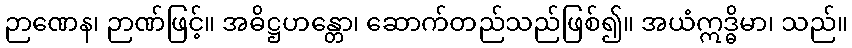
ဉာဏေန၊ ဉာဏ်ဖြင့်။ အဓိဋ္ဌဟန္တော၊ ဆောက်တည်သည်ဖြစ်၍။ အယံဣဒ္ဓိမာ၊ သည်။